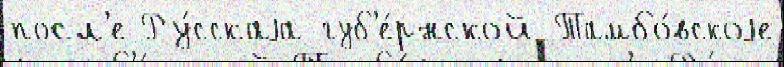
посл'е Ру́сскаjа губ'е́рнской Тамбо́вскоjе